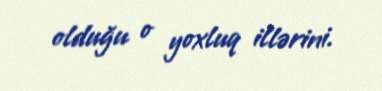
olduğu o yoxluq illərini.